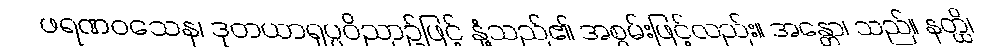
ဖရဏဝသေန၊ ဒုတယာရုပ္ပဝိညာဉ်ဖြင့် နှံ့သည်၏ အစွမ်းဖြင့်လည်း။ အန္တော၊ သည်။ နတ္ထိ၊